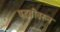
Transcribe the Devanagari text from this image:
पद्धतीवरुन